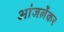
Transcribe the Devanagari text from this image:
आंजर्लेकर